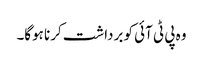
وہ پی ٹی آئی کو برداشت کرنا ہوگا۔